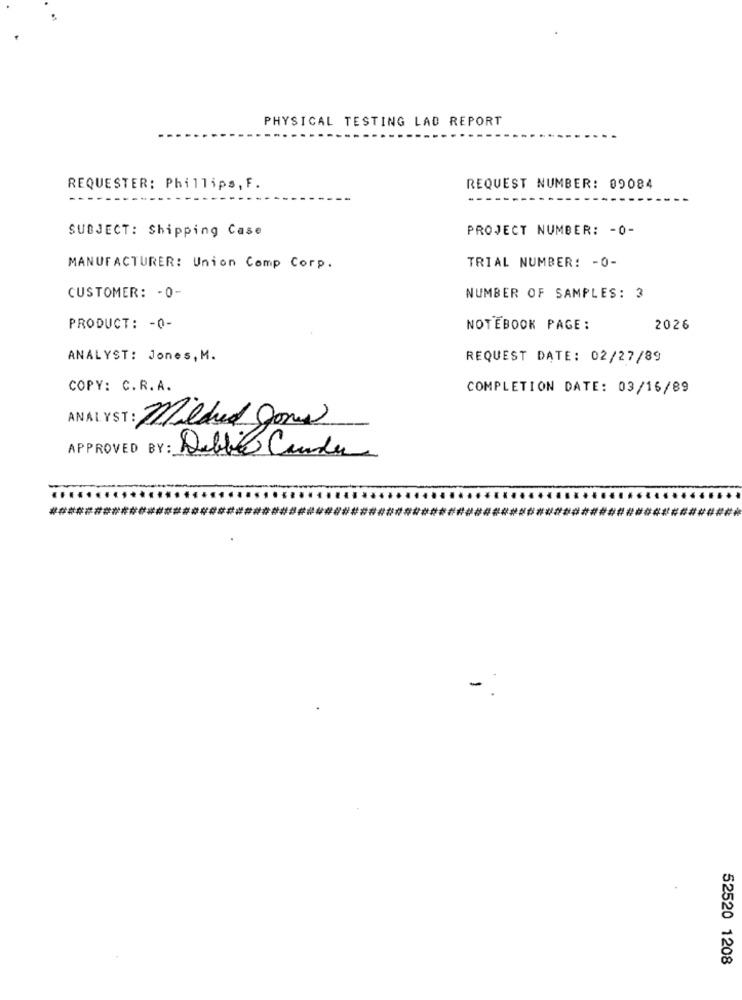
PHYSICAL TESTING LAD REPORT
REQUESTER: Phillips, F.
REQUEST NUMBER: 09084
SUBJECT: Shipping Case
PROJECT NUMBER: - 0-
TRIAL NUMBER: - 0-
MANUFACTURER: Union Comp Corp.
CUSTOMER: - 0-
NUMBER OF SAMPLES: 3
PRODUCT: - 0-
NOTEBOOK PAGE:
2026
ANALYST: Jones, M.
REQUEST DATE: 02/27/89
COPY: C.R.A.
COMPLETION DATE: 03/16/89
Mildred gone
APPROVED BY: Debbie Cauda
52520 1208